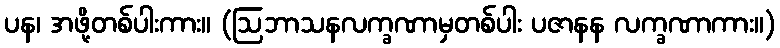
ပန၊ အဖို့တစ်ပါးကား။ (ဩဘာသနလက္ခဏာမှတစ်ပါး ပဇာနန လက္ခဏာကား။)